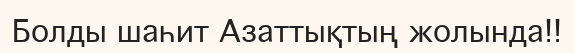
Болды шаһит Азаттықтың жолында!!